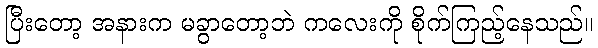
ပြီးတော့ အနားက မခွာတော့ဘဲ ကလေးကို စိုက်ကြည့်နေသည်။